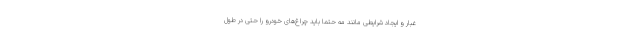
غبار و ایجاد شرایطی مانند مه حتما باید چراغ‌های خودرو را حتی در طول